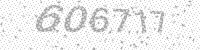
Solution: 606717